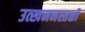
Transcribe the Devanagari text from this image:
उत्खननस्तळी